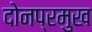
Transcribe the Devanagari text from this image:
दोनप्रमुख